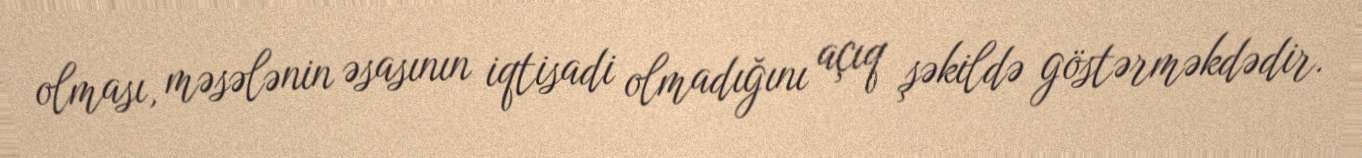
olması, məsələnin əsasının iqtisadi olmadığını açıq şəkildə göstərməkdədir.